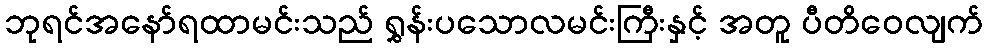
ဘုရင်အနော်ရထာမင်းသည် ရွှန်းပသောလမင်းကြီးနှင့် အတူ ပီတိဝေလျက်